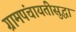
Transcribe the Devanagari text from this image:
ग्रामपंचायतीसुद्धा